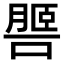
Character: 𦟧